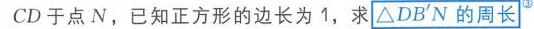
$CD$ 于点 $N$，已知正方形的边长为 $1$，求 $\triangle DB'N$ 的周长$^{\textcircled{3}}$